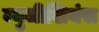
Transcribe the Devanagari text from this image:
म्युजीशियंस